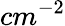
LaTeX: cm^{-2}